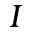
I